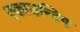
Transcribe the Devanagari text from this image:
एकाउन्टिग